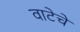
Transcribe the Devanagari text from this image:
वाटेचे